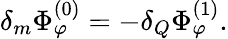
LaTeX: \delta_{m}\Phi_{\varphi}^{(0)}=-\delta_{Q}\Phi_{\varphi}^{(1)}.